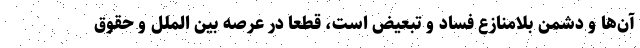
آن‌ها و دشمن بلامنازع فساد و تبعیض است، قطعا در عرصه بین الملل و حقوق